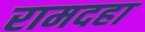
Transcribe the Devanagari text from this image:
रामदहा